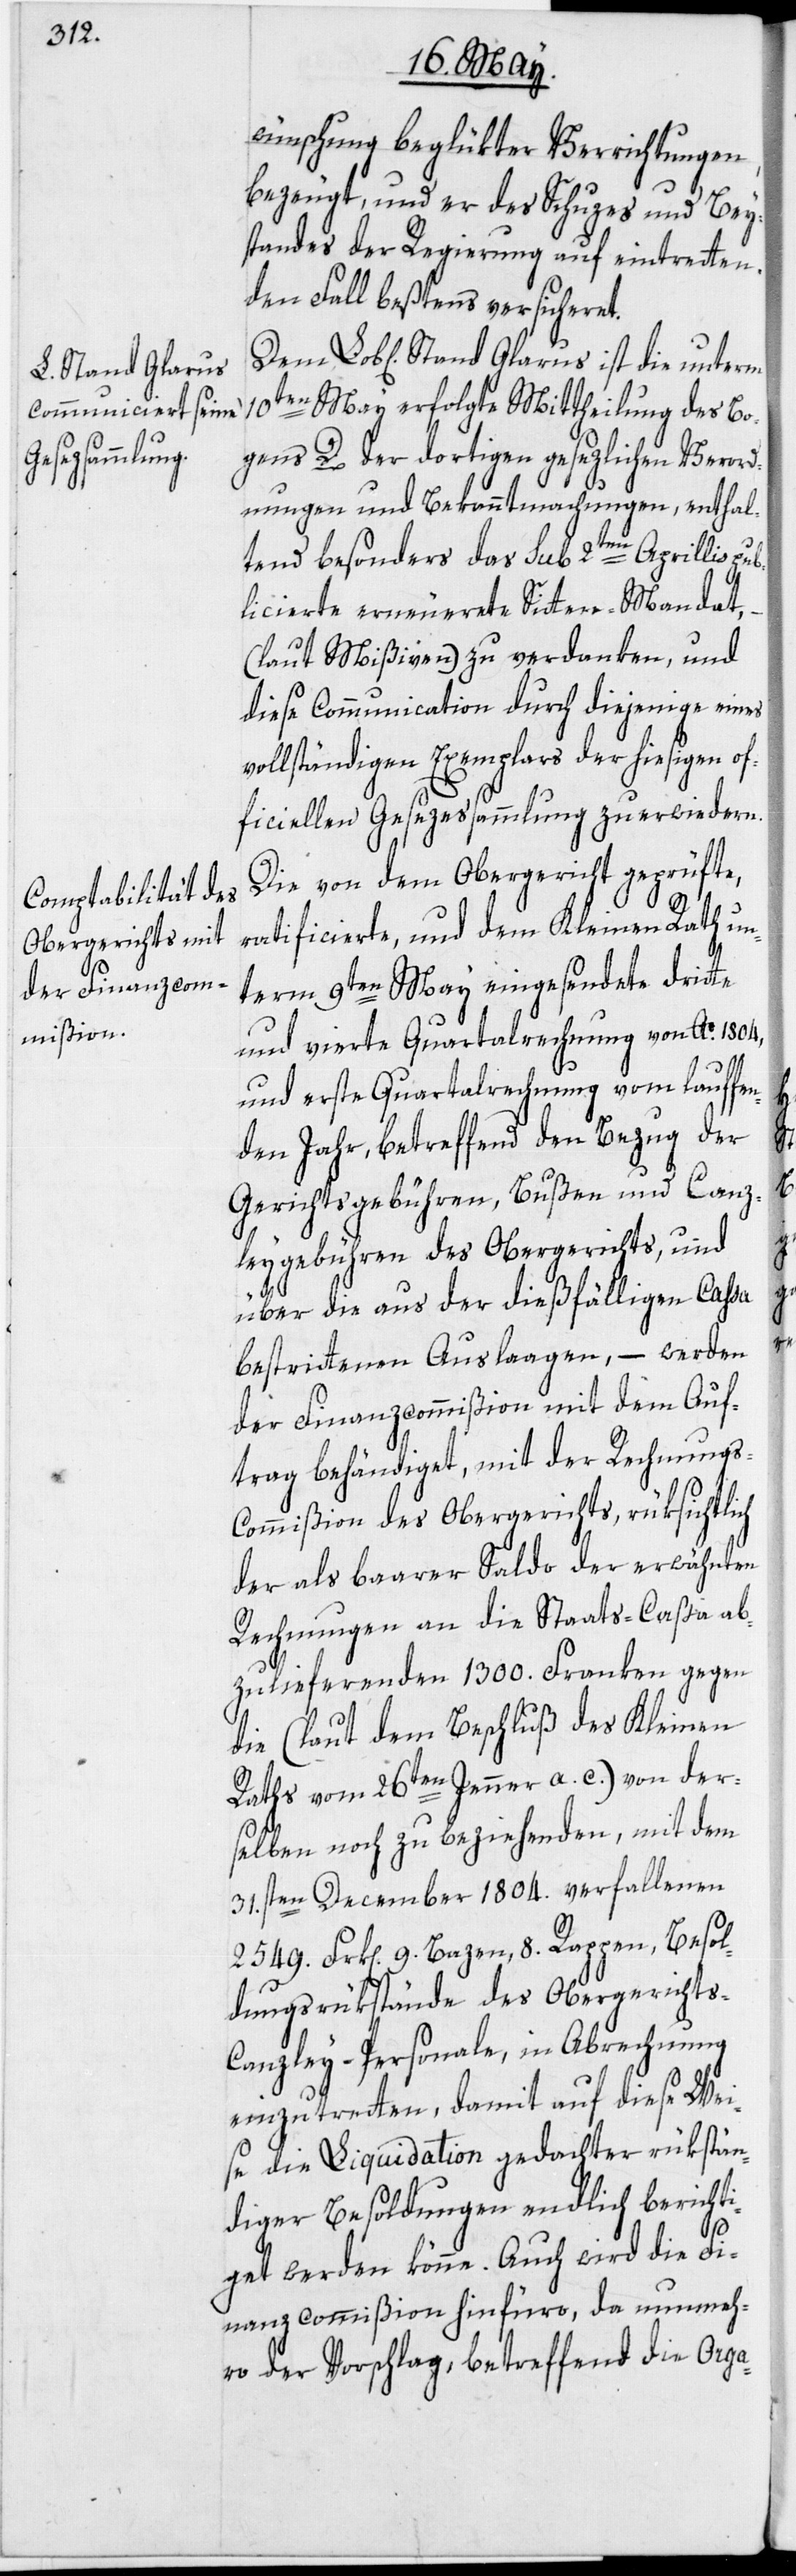
Stand Glarus

wünschung beglükter Verrichtungen,
bezeugt, und er des Schuzes und Bey¬
standes der Regierung auf eintretten¬
den Fall beßtens versicheret.
10ten May erfolgte Mittheilung des Bo¬
gens D der dortigen gesezlichen Verord¬
nungen und Bekanntmachungen, enthal¬
tend besonders das sub 2ten Aprillis pub¬
licierte erneuerete Sitten-Mandat,
(laut Mißiven) zu verdanken, und
diese Communication durch diejenige eines
vollständigen Exemplars der hiesigen of¬
ficiellen Gesezessammlung zu erwiedern.
Die von dem Obergericht geprüfte,
ratificierte, und dem Kleinen Rath un¬
term 9ten May eingesendete dritte
und vierte Quartalrechnung von Ao. 1804,
und erste Quartalrechnung vom lauffe¬
nden Jahr, betreffend den Bezug der
Gerichtsgebühren, Bußen und Canz¬
leygebühren des Obergerichts, und
über die aus der dießfälligen Cassa
bestrittenen Auslaagen, – werden
der Finanzcommißion mit dem Auf¬
trag behändiget, mit der Rechnungs-C¬
ommißion des Obergerichts, rüksichtlich
der als baarer Saldo der erwähnten
Rechnungen an die Staats-Caßa ab¬
zulieferenden 1300. Franken gegen
die (laut dem Beschluß des Kleinen
Raths vom 26ten Jenner a. c.) von der¬
selben noch zu beziehenden, mit dem
31.sten December 1804. verfallenen
2549. Frk[en] 9. Bazen, 8. Rappen, Besol¬
dungsrükstände des Obergerichts-C¬
anzley-Personale, in Abrechnung
einzutretten, damit auf diese Wei¬
se die Liquidation gedachter rükstän¬
diger Besoldungen endlich berichti¬
get werden könne. Auch wird die Fi¬
nanzcommißion hinfüro, da nunmeh¬
ro der Vorschlag, betreffend die Orga-